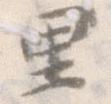
里